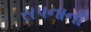
સપનાની